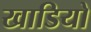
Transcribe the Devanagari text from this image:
खाडियो